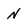
Character: N